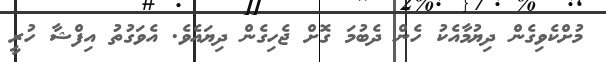
މުށްކެވިގެން ދިޔުމާއެކު ހެން ދެބުމަ ގޮށް ޖެހިގެން ދިޔައެވެ. އެވަގުތު އިފްޝާ ހުރީ